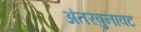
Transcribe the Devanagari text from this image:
अंतरबुनावट